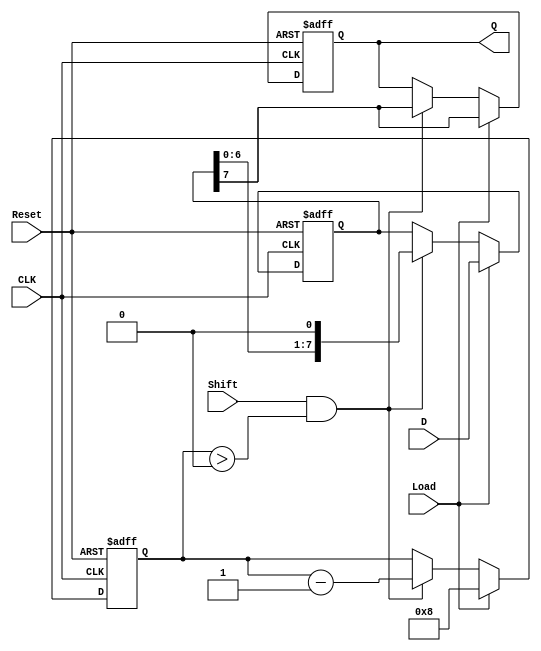
module PISO #(
    parameter n = 8 // Parameter for width of data
)(
    input wire [n-1:0] D,     // Parallel data input
    input wire Load,          // Load signal
    input wire Shift,         // Shift signal
    input wire CLK,           // Clock signal
    input wire Reset,         // Asynchronous reset
    output reg Q              // Serial output
);

    reg [n-1:0] shift_reg;    // Internal shift register
    reg [3:0] bit_count;       // Bit counter (max value = n)

    always @(posedge CLK or posedge Reset) begin
        if (Reset) begin
            shift_reg <= 0;    // Clear shift register on reset
            Q <= 0;            // Clear serial output
            bit_count <= 0;    // Reset bit counter
        end else if (Load) begin
            shift_reg <= D;    // Load data into the shift register
            Q <= shift_reg[n-1]; // Output the MSB
            bit_count <= n;     // Set bit counter to n
        end else if (Shift && bit_count > 0) begin
            Q <= shift_reg[n-1]; // Output the MSB
            shift_reg <= shift_reg << 1; // Shift left
            bit_count <= bit_count - 1; // Decrement bit counter
        end
    end

endmodule